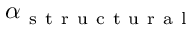
\alpha _ { \mathrm { ~ s ~ t ~ r ~ u ~ c ~ t ~ u ~ r ~ a ~ l ~ } }